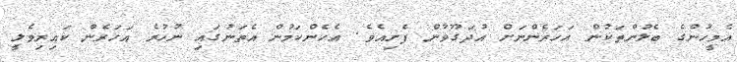
އެމީހުންގެ ބެލުންތަކުން އަހަރެންނަށް އުދަގޫވާން ފެށިއެވެ. އެހެންކަމުން އެތަނުގައި ނުހުރެ އަހަރެން ކައިރިވެލީ